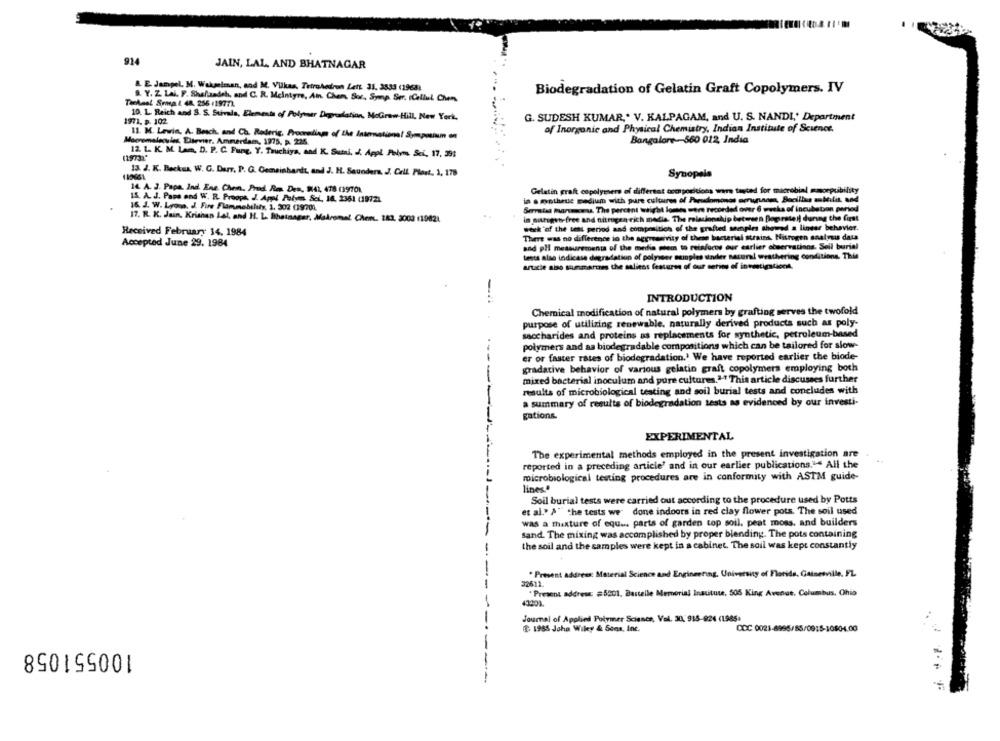
914
JAIN, LAL, AND BHATNAGAR
&. E. Jampel. M. Wakselman, and M. Vilkas, Tetrahedron Lett 31, 2533 (1968)
Biodegradation of Gelatin Graft Copolymers. IV
Tuchael Srma & 48, 256119772.
B. Y. Z Lal. F. Shallzadeh, and C. R. Mcintyre, Ain. Chem. Sor, Symp Ser. Cellul Chen
10. L. Reich and S. S. Stivala, Elements of Polymer Degradation, McGraw Hill, New York,
G. SUDESH KUMAR," V. KALPAGAM, and U. S. NANDL' Department
1971. B. 102
of Inorganic and Physical Chemistry, Indian Institute of Science.
Macromolecules Elsevier. Ammerdam, 1975, a. 225.
11. M. Lewin, A. Besch, and Ch. Roderig, Proonnding of the International Symposium on
Bangalore-560 012 India
12 L. K. M. Laa. D. P. C. Fung, Y. Truchiya, and K. Subi, J. Appl Poly Sci. 17, 391
13. J. K. Beckus, W. G. Durr. P. G. Gemeinhart, and J. H. Saunders, J. Cell Plast. 1, 178
Synopsis
14. A. J. Papa. Ind. Ene. Chen, Prod. R.m. Des, 842, 478 (1970)
Gelatin graft copolymers of different compositions were tented for microbial mmoepcibility
15. A. J. Paps and W. R. Proops, J. Appi Polymm. Sei, 16. 2361 (19721
in a mothrue podium with pure cultures of Peudinmonos emunnom, Bacillus mitilit and
16. J. W. Lyona. J. Fire Flammability, 1, 302 (190702.
Serrata marcus. The percent tight lomes were recorded over 6 weeks of incubation period
17. R. K. Jain, Krishan Lal, and H. L. Bhatnagar, Madromal. Chem. 183, 2003 (1982).
in pittoget free and nitrogen rich media. The relationship between Doguratel during the first
weck'of the seas period and composition of the grafted samples showed a linear behavior.
Received February 14, 1984
There was no difference in the aggressivity of these bacterial strains. Nitrogen analysis data
Accepted June 29. 1984
and pli measurements of the media stem to reinforos our earlier observations. Seil burial
testa also indicase degradation of polyser ouingles under natural weathering conditions. This
article sibo summarizes the salitos features of our series of investigationt.
INTRODUCTION
Chemical modification of natural polymers by grafting serves the twofold
-.
purpose of utilizing renewable, naturally derived products such as poly-
saccharides and proteins as replacements for synthetic, petroleum-based
polymers and as biodegradable compositions which can be tailored for slow-
er or faster rates of biodegradation.' We have reported earlier the biode-
gradative behavior of various gelatin graft copolymers employing both
mixed bacterial inoculum and pure cultures.2-1 This article discusses further
results of microbiological testing and soil burial tests and concludes with
a summary of results of biodegradation tests as evidenced by our investi-
gations.
EXPERIMENTAL
The experimental methods employed in the present investigation are
reported in a preceding article' and in our earlier publications."* All the
microbiological testing procedures are in conformity with ASTM guide-
lines
Soil burial tests were carried out according to the procedure used by Potts
et al." A" the tests we" done indoors in red clay flower pots. The soil used
was a mixture of equ ... parts of garden top soil, peat moss, and builders
sand. The mixing was accomplished by proper blending. The pots containing
the soil and the samples were kept in a cabinet. The soil was kept constantly
* Present address: Material Science and Engineering, University of Florida. Gainesville, FZ
32611.
" Present address: #5201, Bastelle Memorial Institute, 505 King Avenue, Columbus, Ohio
43201
Journal of Applied Polymer Science, Vol. 30, 915-924 (1985+
$ 1955 John Wiley & Sons, Inc.
CCC 0021-8995/85/0915-10804.00
100551058
---